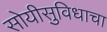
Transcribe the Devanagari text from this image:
सोयीसुविधाचा